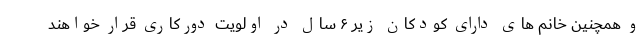
و همچنین خانم های دارای کودکان زیر ۶ سال در اولویت دورکاری قرار خواهند